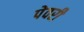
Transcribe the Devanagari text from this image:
पेवरी